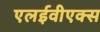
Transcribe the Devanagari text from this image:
एलईवीएक्स